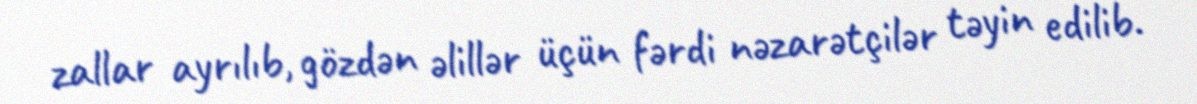
zallar ayrılıb, gözdən əlillər üçün fərdi nəzarətçilər təyin edilib.